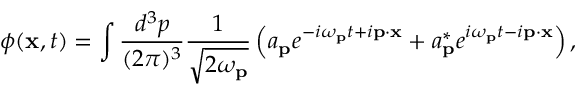
\phi ( \mathbf { x } , t ) = \int { \frac { d ^ { 3 } p } { ( 2 \pi ) ^ { 3 } } } { \frac { 1 } { \sqrt { 2 \omega _ { \mathbf { p } } } } } \left( a _ { \mathbf { p } } e ^ { - i \omega _ { \mathbf { p } } t + i \mathbf { p } \cdot \mathbf { x } } + a _ { \mathbf { p } } ^ { * } e ^ { i \omega _ { \mathbf { p } } t - i \mathbf { p } \cdot \mathbf { x } } \right) ,